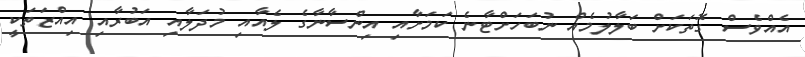
އެއްވެސް ގޮތަކަށް ބަލާލުމެއް ނުބަހަށްޓާނެ ކަމަށާއި އިންސާނާގެ ލެއާއި މުދަލާއި އަބުރާއި އިއްޒަތަކީ